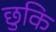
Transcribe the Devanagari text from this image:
छुकि